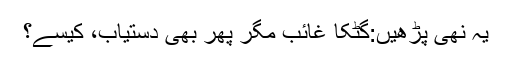
یہ نھی پڑھیں:گٹکا غائب مگر پھر بھی دستیاب، کیسے؟